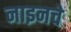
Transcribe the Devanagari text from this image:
नाइनचे